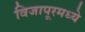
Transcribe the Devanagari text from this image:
विजापूरमध्ये